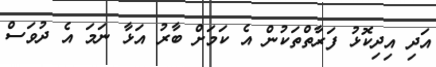
އަދި އިދިކޮޅު ފަރާތްތަކުން އެ ކަމަށް ބާރު އަޅާ ނަމަ އެ ދުވަސް